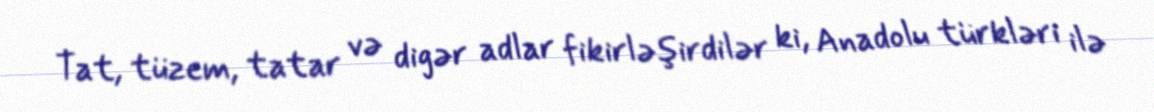
Tat, tüzem, tatar və digər adlar fikirləşirdilər ki, Anadolu türkləri ilə